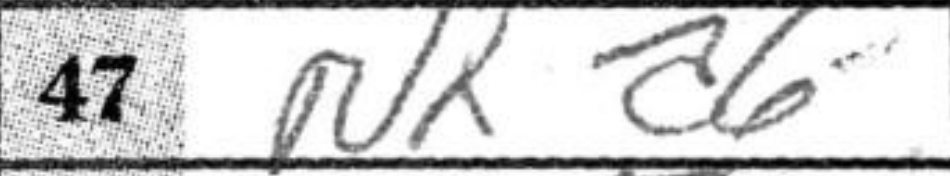
Transcription: Nxa6